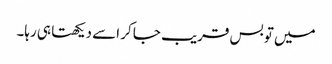
میں تو بس قریب جا کر اسے دیکھتا ہی رہا۔